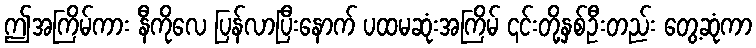
ဤအကြိမ်ကား နီကိုလေ ပြန်လာပြီးနောက် ပထမဆုံးအကြိမ် ၎င်းတို့နှစ်ဦးတည်း တွေ့ဆုံကာ